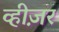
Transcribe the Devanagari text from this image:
व्हीज़र